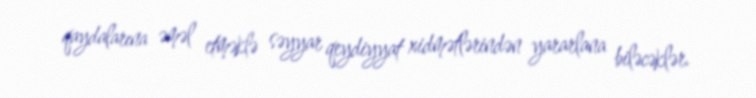
qaydalarına əməl etməklə səyyar qeydiyyat xidmətlərindən yararlana biləcəklər.